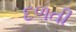
દળતી